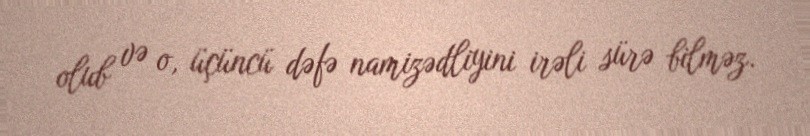
olub və o, üçüncü dəfə namizədliyini irəli sürə bilməz.